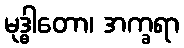
မုဒ္ဓါတော၊ အက္ခရာ